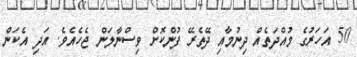
50 އަހަރުގެ މުއްދަތެއް ދިނުމާއި ދޭތެރޭ ފުންކޮށް ވިސްނާލަން ޖެހެއެވެ. އަދި އެކަން